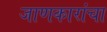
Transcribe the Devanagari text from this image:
जाणकारांचा